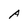
Character: A